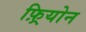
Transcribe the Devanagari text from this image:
फ़्रियोन